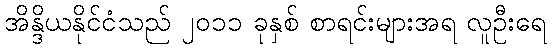
အိန္ဒိယနိုင်ငံသည် ၂၀၁၁ ခုနှစ် စာရင်းများအရ လူဦးရေ